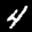
Label: 4